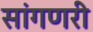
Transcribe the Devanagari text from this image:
सांगणरी